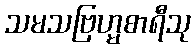
သမသဗြဟ္မစာရီသု